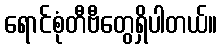
ရောင်စုံတီဗီတွေရှိပါတယ်။